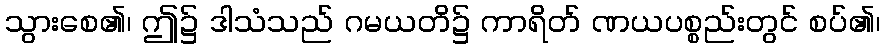
သွားစေ၏၊ ဤ၌ ဒါသံသည် ဂမယတိ၌ ကာရိတ် ဏယပစ္စည်းတွင် စပ်၏၊